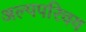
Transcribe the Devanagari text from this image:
अल्पपरिचय